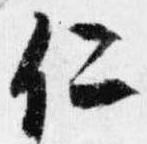
仁